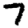
Digit: 7